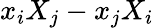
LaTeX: x_{i}X_{j}-x_{j}X_{i}